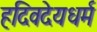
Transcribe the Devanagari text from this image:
हदिवदेयधर्म